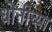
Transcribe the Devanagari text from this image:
धोनीच्या